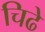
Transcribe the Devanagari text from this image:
चिढे